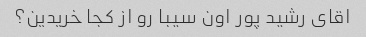
اقای رشید پور اون سیبا رو از کجا خریدین؟